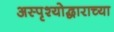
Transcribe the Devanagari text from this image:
अस्पृश्योद्धाराच्या